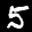
Label: 5